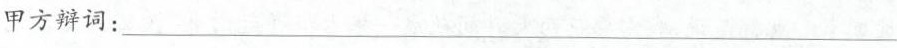
甲方辩词：___